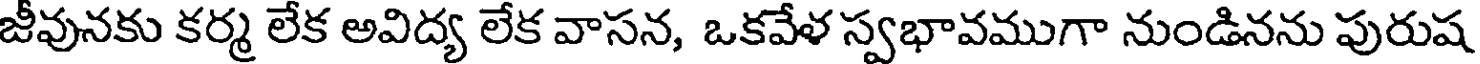
జీవునకు కర్మ లేక అవిద్య లేక వాసన, ఒకవేళ స్వభావముగా నుండినను పురుష